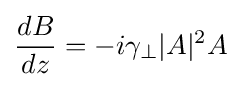
{\frac {dB}{dz}}=-i\gamma _{\perp }|A|^{2}A